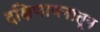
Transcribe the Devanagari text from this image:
दक्षिणायनातून